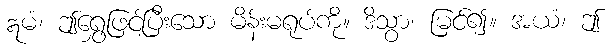
ဣမံ၊ ဤရွှေဖြင့်ပြီးသော မိန်းမရုပ်ကို။ ဒိသွာ၊ မြင်၍။ အယံ၊ ဤ